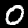
Label: 0